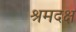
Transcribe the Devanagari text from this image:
श्रमदक्ष